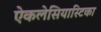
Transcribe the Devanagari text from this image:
ऐकलेसियास्टिका